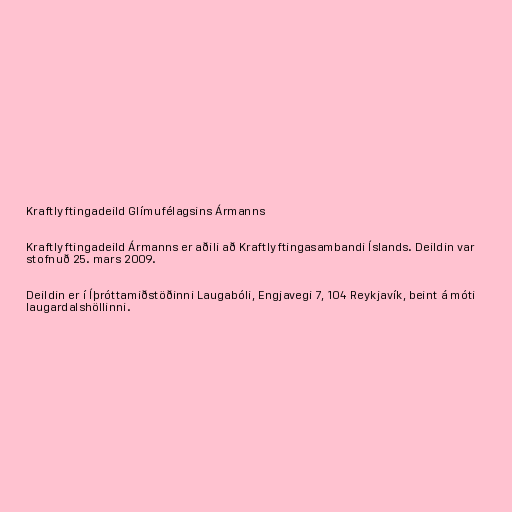
Kraftlyftingadeild Glímufélagsins Ármanns

Kraftlyftingadeild Ármanns er aðili að Kraftlyftingasambandi Íslands. Deildin var
stofnuð 25. mars 2009.

Deildin er í Íþróttamiðstöðinni Laugabóli, Engjavegi 7, 104 Reykjavík, beint á móti
laugardalshöllinni.